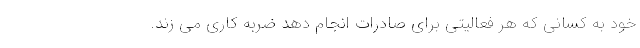
خود به کسانی که هر فعالیتی برای صادرات انجام دهد ضربه کاری می زند.